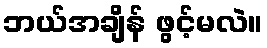
ဘယ်အချိန် ဖွင့်မလဲ။